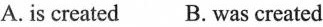
A.is created B.was created